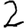
Digit: 2